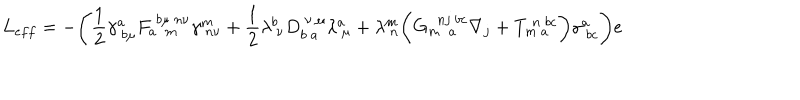
LaTeX: L _ { e f f } = - \Biggl ( \frac { 1 } { 2 } \gamma _ { ~ b \mu } ^ { a } F _ { a ~ ~ m } ^ { ~ b \mu ~ n \nu } \gamma _ { ~ n \nu } ^ { m } + \frac { 1 } { 2 } \lambda _ { ~ \nu } ^ { b } D _ { b ~ a } ^ { ~ \nu ~ \mu } \lambda _ { ~ \mu } ^ { a } + \lambda _ { ~ n } ^ { m } \biggl ( G _ { m ~ ~ a } ^ { ~ ~ n j ~ b c } \nabla _ { j } + T _ { m ~ a } ^ { ~ n ~ b c } \biggr ) \gamma _ { ~ b c } ^ { a } \Biggr ) e